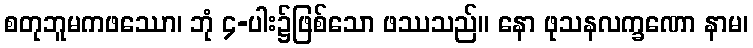
စတုဘူမကဖဿော၊ ဘုံ ၄-ပါး၌ဖြစ်သော ဖဿသည်။ နော ဖုသနလက္ခဏော နာမ၊